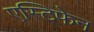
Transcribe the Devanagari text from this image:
एस्टिफेन